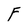
Character: F